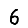
Digit: 6